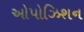
ઓપોઝિશન